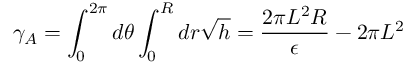
\gamma _ { A } = \displaystyle \int _ { 0 } ^ { 2 \pi } d \theta \displaystyle \int _ { 0 } ^ { R } d r \sqrt { h } = \frac { 2 \pi L ^ { 2 } R } { \epsilon } - 2 \pi L ^ { 2 }